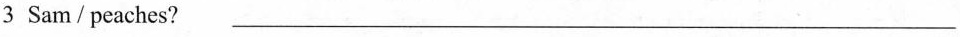
3 Sam/peaches? ___